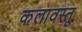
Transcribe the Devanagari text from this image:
कलावस्तू